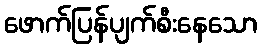
ဖောက်ပြန်ပျက်စီးနေသော